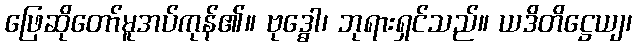
ဖြေဆိုတော်မူအပ်ကုန်၏။ ဗုဒ္ဓေါ၊ ဘုရားရှင်သည်။ ယဒိတိဋ္ဌေယျ၊